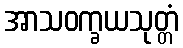
အာသဝက္ခယသုတ္တံ